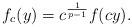
LaTeX: \begin{align*}f_c(y)=c^{\frac{1}{p-1}}f(cy).\end{align*}